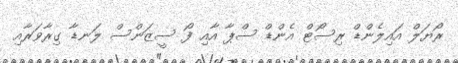
ރޯޔަލް އައިލެންޑް ރިސޯޓް އެންޑް ސްޕާ އާއި ފޯ ސީޒަންސް ލަނޑާ ގިރާވަރާއި